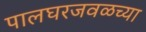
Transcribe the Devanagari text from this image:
पालघरजवळच्या